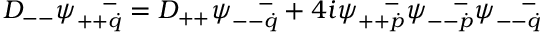
{ \cal D } _ { -- } \psi _ { + + \dot { q } } ^ { ~ ~ ~ - } = { \cal D } _ { + + } \psi _ { -- \dot { q } } ^ { ~ ~ ~ - } + 4 i \psi _ { + + \dot { p } } ^ { ~ ~ ~ - } \psi _ { -- \dot { p } } ^ { ~ ~ ~ - } \psi _ { -- \dot { q } } ^ { ~ ~ ~ - }